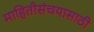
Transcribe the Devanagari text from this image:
माहितीसंचयासाठी